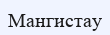
Мангистау